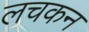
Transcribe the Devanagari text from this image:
लचकन